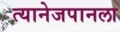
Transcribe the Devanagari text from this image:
त्यानेजपानला